38_143685_box_Incident_Summaries_173-233
Agency: Department of War
Page 46
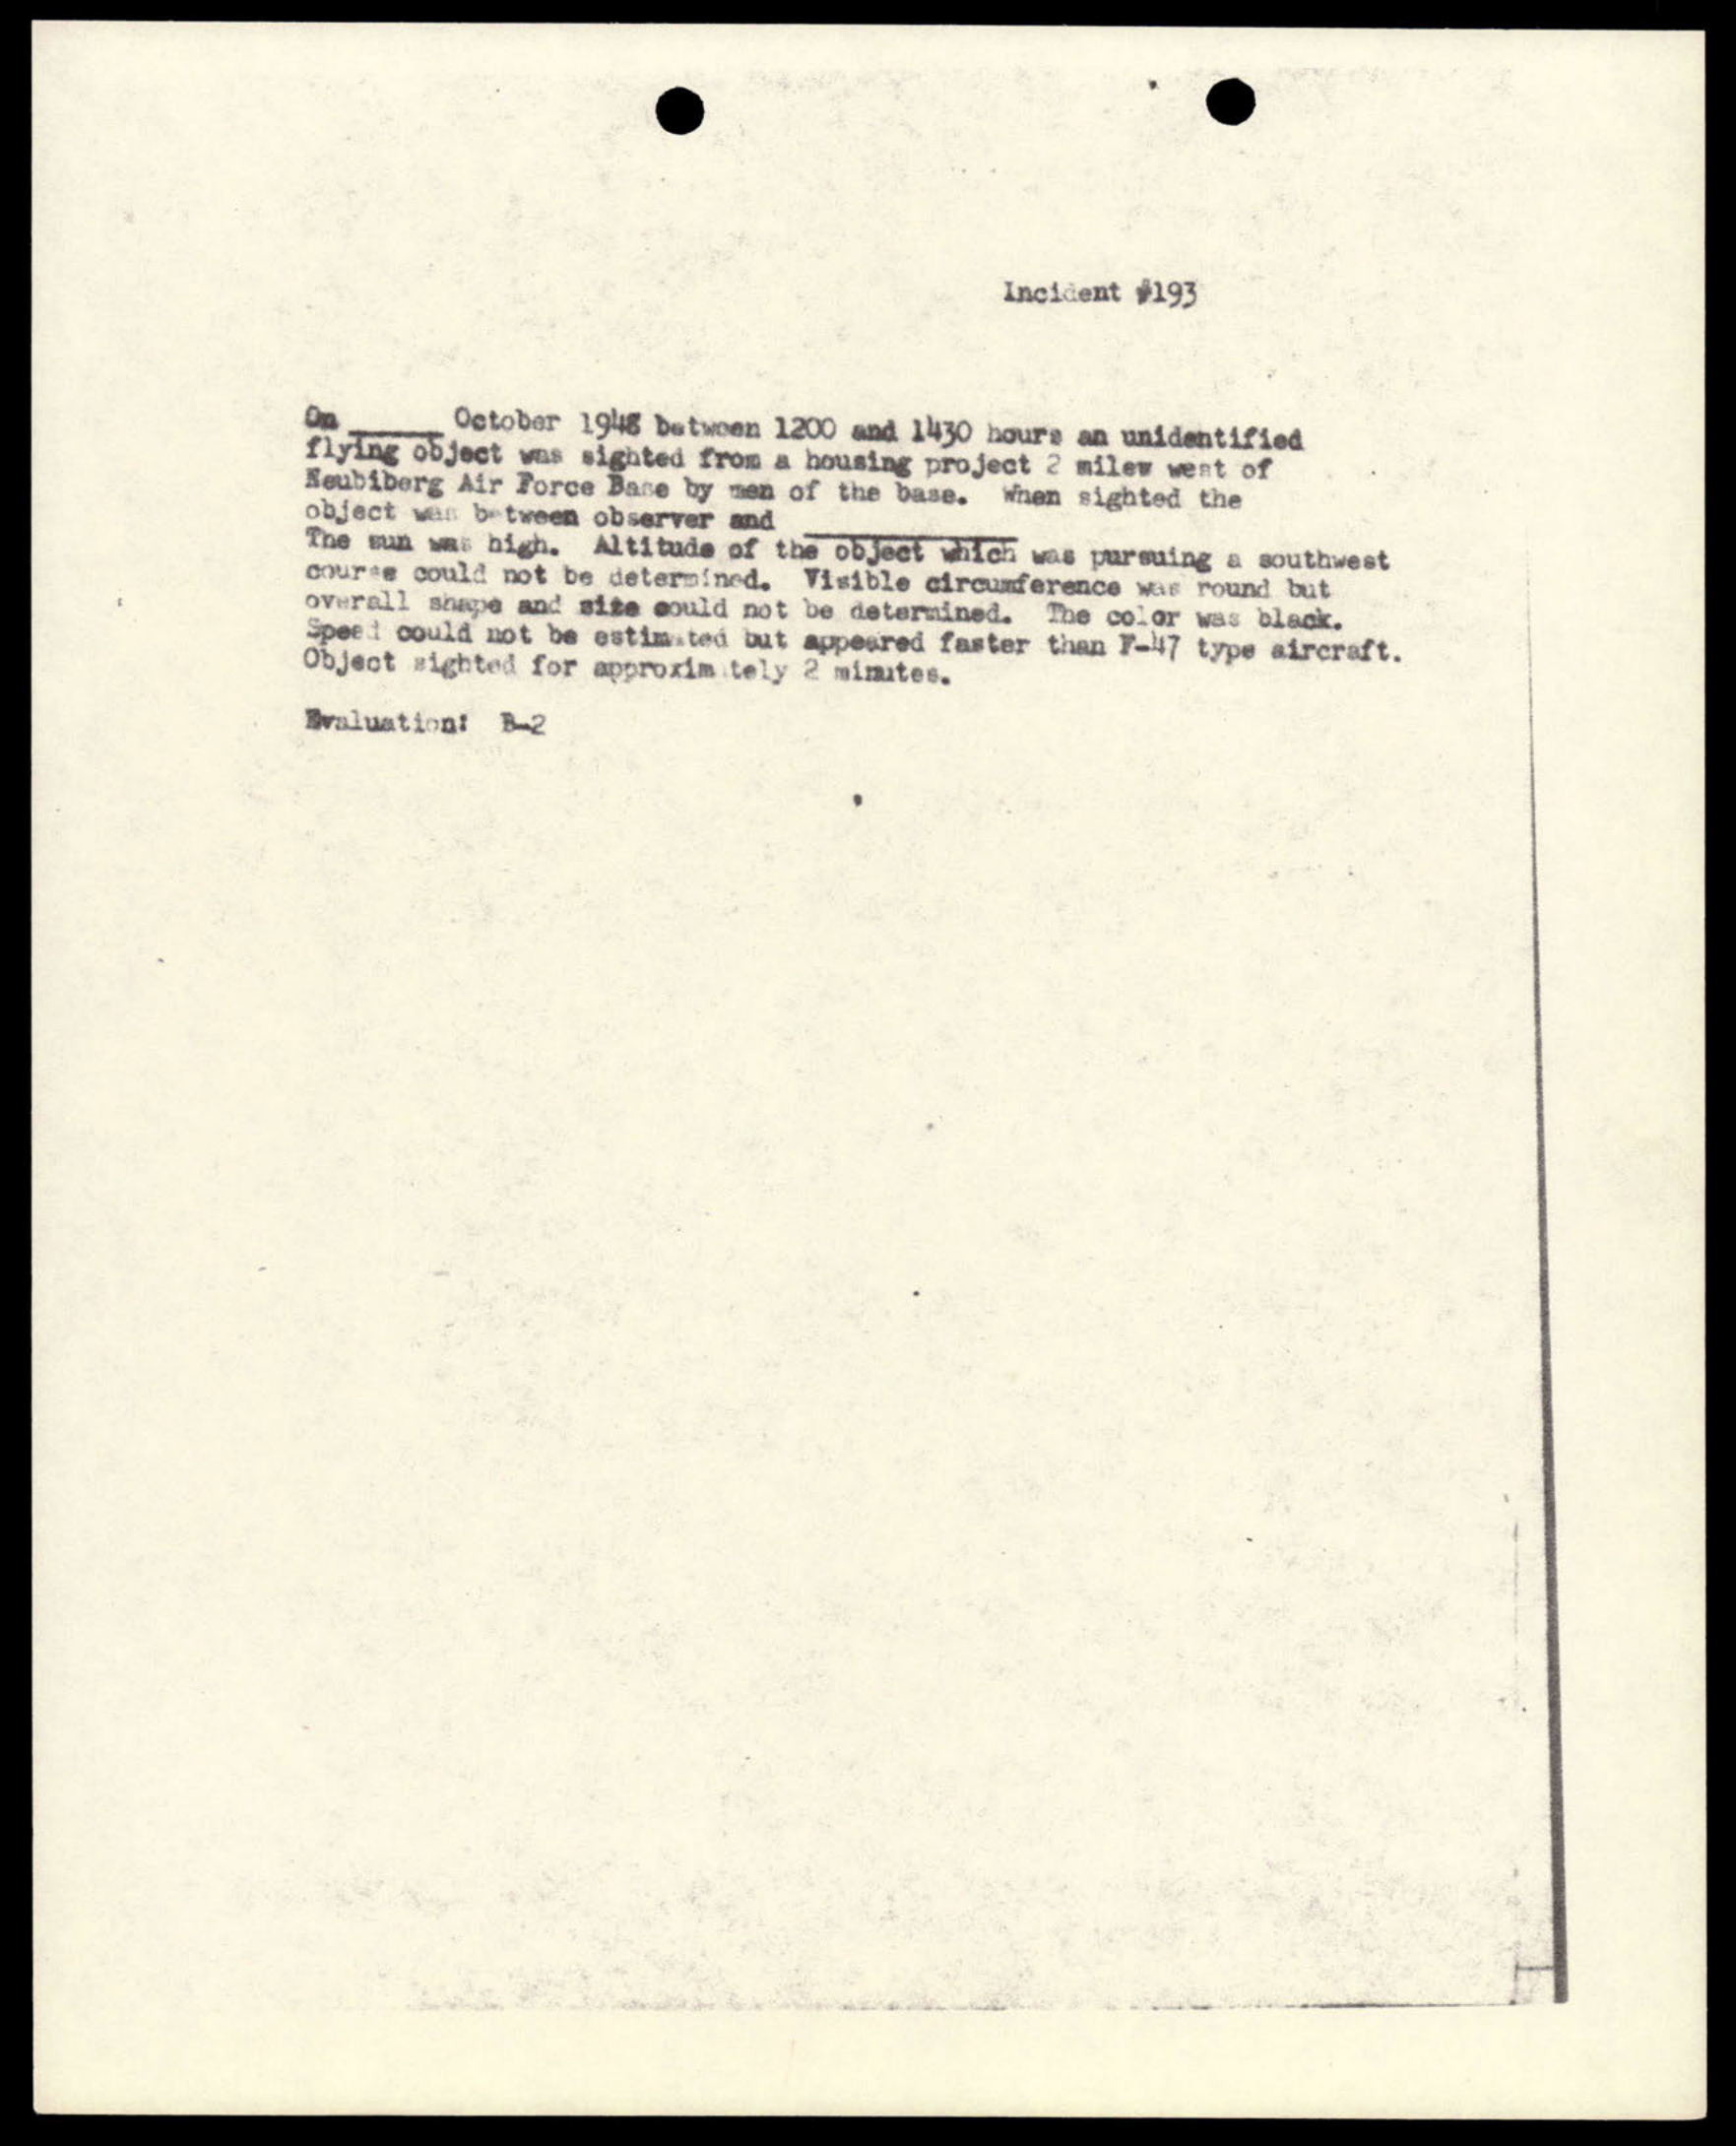